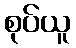
စုပ်ယူ